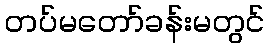
တပ်မတော်ခန်းမတွင်